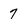
Character: 7